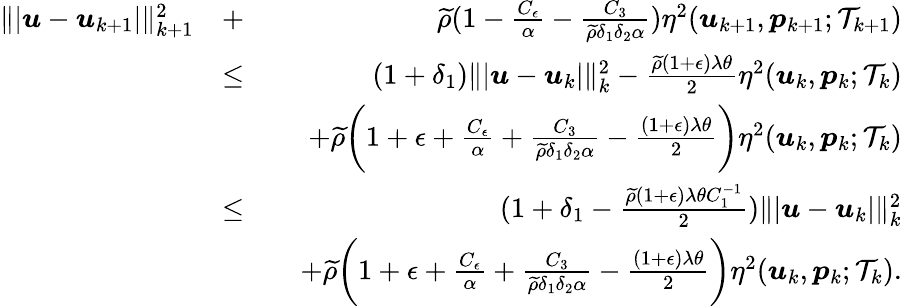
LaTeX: \begin{array}{rlr}{\| \vert\boldsymbol{u}-\boldsymbol{u}_{k+1}\vert\| _{k+1}^{2}}&{+}&{\widetilde{\rho}(1-\frac{C_{\epsilon}}{\alpha}-\frac{C_{3}}{\widetilde{\rho}\delta_{1}\delta_{2}\alpha})\eta^{2}(\boldsymbol{u}_{k+1},\boldsymbol{p}_{k+1};\mathcal{T}_{k+1})}\\ &{\leq}&{(1+\delta_{1})\| \vert\boldsymbol{u}-\boldsymbol{u}_{k}\vert\| _{k}^{2}-\frac{\widetilde{\rho}(1+\epsilon)\lambda\theta}{2}\eta^{2}(\boldsymbol{u}_{k},\boldsymbol{p}_{k};\mathcal{T}_{k})}\\ &{}&{\quad+\widetilde{\rho}\bigg(1+\epsilon+\frac{C_{\epsilon}}{\alpha}+\frac{C_{3}}{\widetilde{\rho}\delta_{1}\delta_{2}\alpha}-\frac{(1+\epsilon)\lambda\theta}{2}\bigg)\eta^{2}(\boldsymbol{u}_{k},\boldsymbol{p}_{k};\mathcal{T}_{k})}\\ &{\leq}&{(1+\delta_{1}-\frac{\widetilde{\rho}(1+\epsilon)\lambda\theta C_{1}^{-1}}{2})\| \vert\boldsymbol{u}-\boldsymbol{u}_{k}\vert\| _{k}^{2}}\\ &{}&{\quad+\widetilde{\rho}\bigg(1+\epsilon+\frac{C_{\epsilon}}{\alpha}+\frac{C_{3}}{\widetilde{\rho}\delta_{1}\delta_{2}\alpha}-\frac{(1+\epsilon)\lambda\theta}{2}\bigg)\eta^{2}(\boldsymbol{u}_{k},\boldsymbol{p}_{k};\mathcal{T}_{k}).}\end{array}